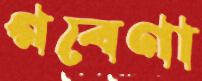
গবেণা